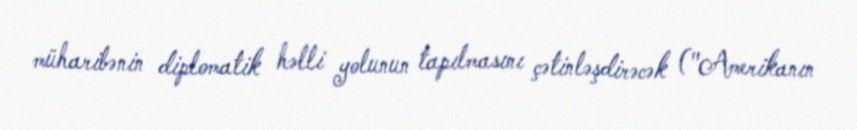
müharibənin diplomatik həlli yolunun tapılmasını çətinləşdirəcək ("Amerikanın